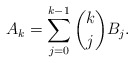
\begin{align*} A_k = \sum_{j=0}^{k-1} \binom{k}{j} B_j.\end{align*}